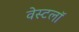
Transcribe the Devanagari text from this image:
वेस्टलॉ